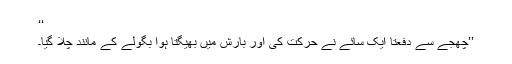
‘‘
’’چھجے سے دفعتاً ایک سائے نے حرکت کی اور بارش میں بھیگتا ہوا بگولے کے مانند چلا گیا۔